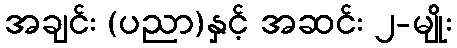
အချင်း (ပညာ)နှင့် အဆင်း ၂-မျိုး